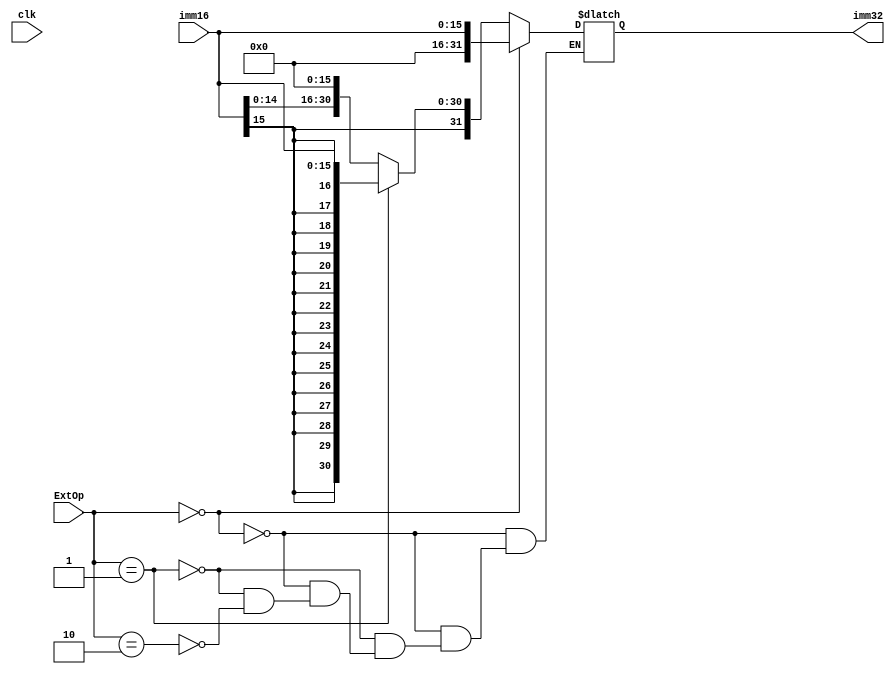
module EXT(clk,imm16,imm32,ExtOp);
  input clk;
  input [1:0]ExtOp;
  input [15:0]imm16;
  output  reg[31:0]imm32;
  
  always@(*)
  begin
  if(ExtOp==2'b00)
    imm32={{16{1'b0}},imm16[15:0]};       //0
  
  else if(ExtOp==2'b01)
    imm32={{16{imm16[15]}},imm16[15:0]};  //sign 
    
  else if(ExtOp==2'b10)
    imm32={imm16[15:0],{16{1'b0}}};       //lui
  
  end
  //assign imm32=(ExtOp==2'b00)?{{16{1'b0}},imm16[15:0]}:((ExtOp==2'b01)?{{16{imm16[15]}},imm16[15:0]}:(ExtOp==2'b10)?{imm16[15:0],{16{1'b0}}}:{16{1'b0}});

  endmodule